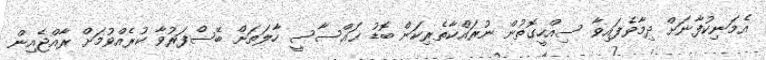
އެމަނިކުފާނަށް ދިމާވެފައިވާ ސިއްހީގޮތުން ނުރައްްކާތެރިކަން ބޮޑު ޙައްްސާސީ ހާލަތަށް ބޭސްފަރުވާ ކުރެއްވުމަށް ރާއްޖެއިން